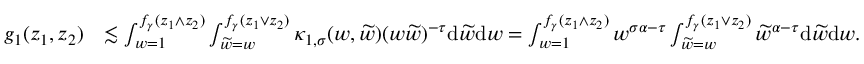
\begin{array} { r l } { g _ { 1 } ( z _ { 1 } , z _ { 2 } ) } & { \lesssim \int _ { w = 1 } ^ { f _ { \gamma } ( z _ { 1 } \wedge z _ { 2 } ) } \int _ { \widetilde w = w } ^ { f _ { \gamma } ( z _ { 1 } \vee z _ { 2 } ) } \kappa _ { 1 , \sigma } ( w , \widetilde w ) ( w \widetilde w ) ^ { - \tau } \mathrm { d } \widetilde w \mathrm { d } w = \int _ { w = 1 } ^ { f _ { \gamma } ( z _ { 1 } \wedge z _ { 2 } ) } w ^ { \sigma \alpha - \tau } \int _ { \widetilde w = w } ^ { f _ { \gamma } ( z _ { 1 } \vee z _ { 2 } ) } \widetilde w ^ { \alpha - \tau } \mathrm { d } \widetilde w \mathrm { d } w . } \end{array}